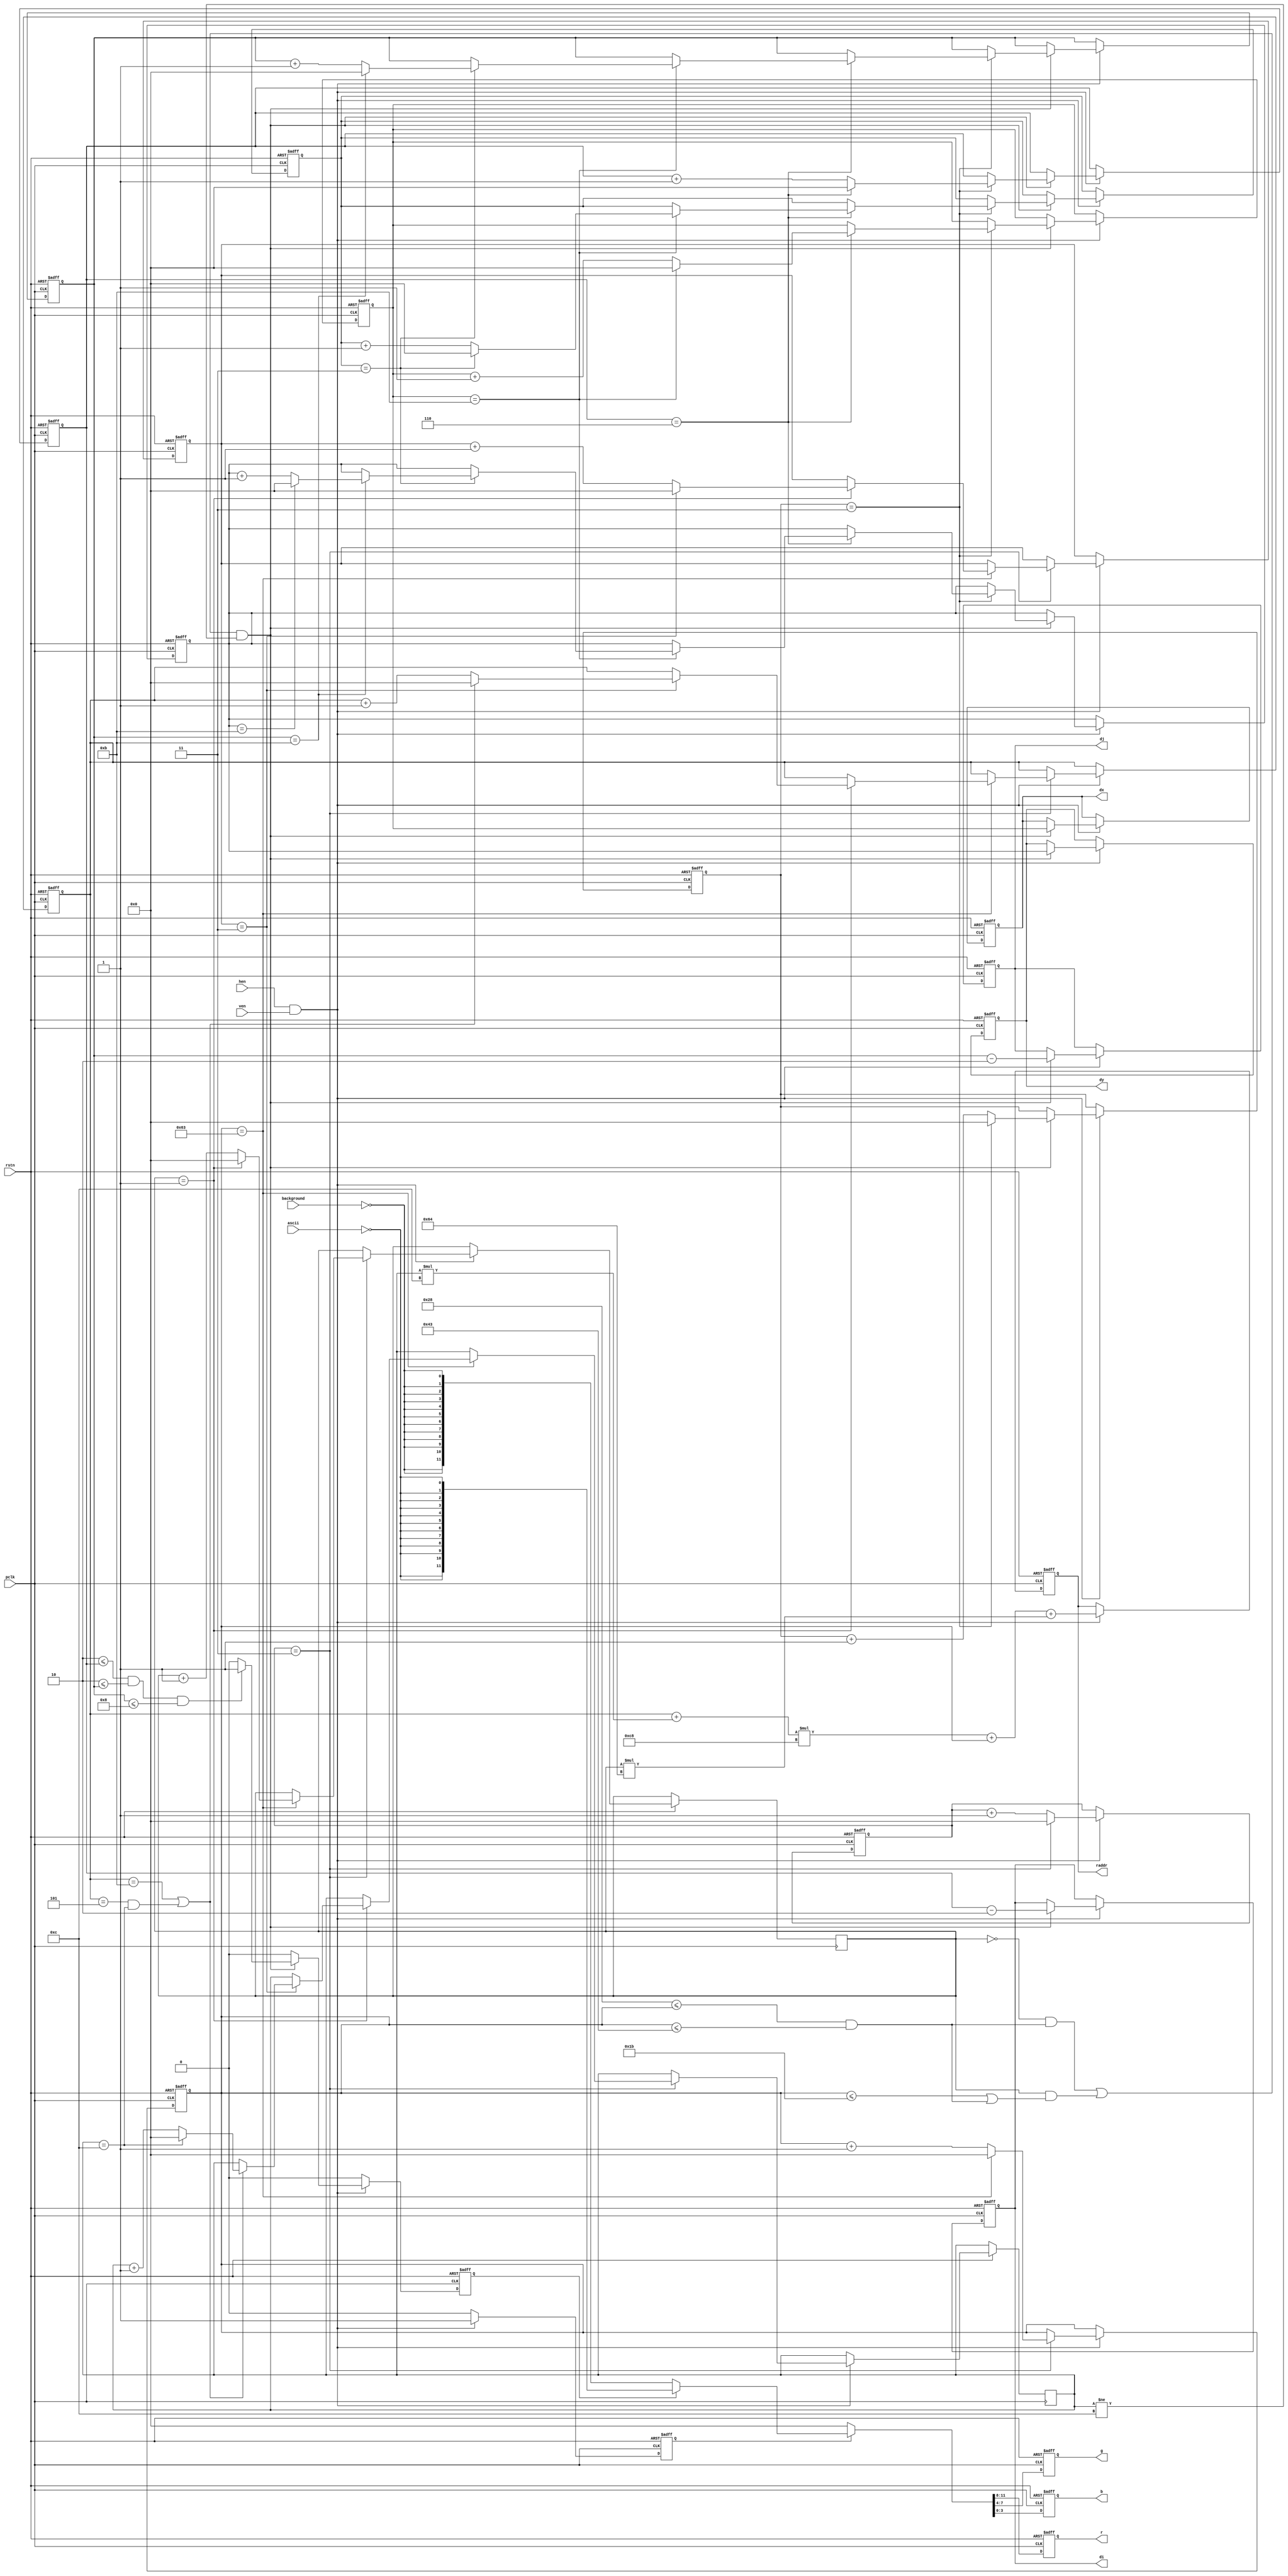
`timescale 1ns / 1ps
//////////////////////////////////////////////////////////////////////////////////
// Company: 
// Engineer: 
// 
// Design Name: 
// Module Name: display_data_processing
// Project Name: 
// Target Devices: 
// Tool Versions: 
// Description: 
// 
// Dependencies: 
// 
// Revision:
// Revision 0.01 - File Created
// Additional Comments:
// 
//////////////////////////////////////////////////////////////////////////////////

module display_data_processing(
    input hen, ven, pclk, rstn,
    input background,
    input ascii,
    output reg [23:0] raddr,
    output reg [11:0] dx, dy, di, dj,
    output reg [3:0] r, g, b
    );
    parameter xbsz = 4, ybsz = 4, isz = 100, jsz = 12, xsz = 2, ysz = 13;
    reg [11:0] xi = 0, i = 0, yi = 0, j = 0, x = 0, y = 0;
    reg [11:0] cxi = 0, cyi = 0, ci = 0, cx = 0, cj = 0, cy = 0;
    reg ropened = 0;
    reg sel = 0;
    always @(posedge pclk, negedge rstn) begin
        if (!rstn) begin
            {r, g, b} <= 0;
            raddr <= 0;
            {xi, i, yi, j} <= 0;
            ropened <= 0;
            sel <= 0;
            {ci, cx, cj, cy} <= 0;
            {cxi, cyi} <= 0;
            {di, dx, dj, dy} <= 0;
        end
        else begin
            if (hen & ven) begin
                ropened <= 1;
                raddr <= (j + y * 12) * 200 + i + x * 100;
                if (xi == xbsz - 1) begin
                    xi <= 0;
                    if (i == isz - 1) begin
                        i <= 0;
                        if (x == xsz - 1) begin
                            x <= 0;
                            if (yi == ybsz - 1) begin
                                yi <= 0;
                                if ((j == jsz - 1) || (j == 5 && y == 12)) begin
                                    j <= 0;
                                    if (y == ysz - 1) begin
                                        y <= 0;
                                    end
                                    else y <= y + 1;
                                end
                                else j <= j + 1;
                            end
                            else yi <= yi + 1;
                        end
                        else x <= x + 1;
                    end
                    else i <= i + 1;
                end
                else xi <= xi + 1;
                if (((!x && (40 <= i && i <= 67)) ||  (x && ((i <= 27)||(40 <= i && i <= 67)))) && y != 12) begin
                    dx <= cx; dy <= cy; di <= ci - 2; dj <= cj - 2;
                    if (cxi == 3) begin
                        cxi = 0;
                        if (ci == 6) begin
                            ci <= 0;
                            if (cx == 11) begin
                                cx <= 0;
                                if (cyi == 3) begin
                                    cyi <= 0;
                                    if (cj == 11) begin
                                        cj <= 0;
                                        if (cy == 11) begin
                                            cy <= 0;
                                        end
                                        else cy <= cy + 1;
                                    end
                                    else cj <= cj + 1;
                                end
                                else cyi <= cyi + 1;
                            end
                            else cx <= cx + 1;
                        end
                        else ci <= ci + 1;
                    end
                    else cxi <= cxi + 1;
                    if ((2 <= ci && 2 <= cj && cj <= 8)) begin
                        sel <= 1;
                    end
                    else sel <= 0;
                end else sel <= 0;
            end
            else begin
                ropened <= 0;
                sel <= 0;
            end
            if (ropened) begin
                if (!sel)
                    {r, g, b} <= {12{~background}};
                else
                    {r, g, b} <= {12{~ascii}};
            end
            else {r, g, b} <= 12'h000;
        end
    end
endmodule

// module display_data_processing(
//     input hen, ven, pclk, rstn,
//     input [11:0] rdata,
//     output reg [23:0] raddr,
//     output reg [3:0] r, g, b
//     );
//     parameter xbsz = 2, ybsz = 2, xsz = 200, ysz = 150;
//     reg [11:0] xi = 0, x = 0, yi = 0, y = 0;
//     reg ropened = 0;
//     always @(posedge pclk, negedge rstn) begin
//         if (!rstn) begin
//             {r, g, b} <= 0;
//             raddr <= 0;
//             {xi, x, yi, y} <= 0;
//             ropened <= 0;
//         end
//         else begin
//             if (hen & ven) begin
//                 ropened <= 1;
//                 raddr <= x + y * xsz;
//                 if (xi == xbsz - 1) begin
//                     xi <= 0;
//                     if (x == xsz - 1) begin
//                         x <= 0;
//                         if (yi == ybsz - 1) begin
//                             yi <= 0;
//                             if (y == ysz - 1) begin
//                                 y <= 0;
//                             end
//                             else y <= y + 1;
//                         end
//                         else yi <= yi + 1;
//                     end
//                     else x <= x + 1;
//                 end
//                 else xi <= xi + 1;
//             end
//             else ropened <= 0;
//             if (ropened) {r, g, b} <= rdata;
//             else {r, g, b} <= 12'h000;
//         end
//     end
// endmodule